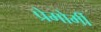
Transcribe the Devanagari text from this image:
प्रेमोर्मी